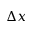
\boldsymbol { \Delta x }